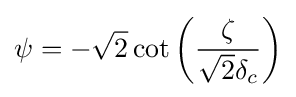
\psi =-{\sqrt {2}}\cot \left({\frac {\zeta }{{\sqrt {2}}\delta _{c}}}\right)